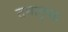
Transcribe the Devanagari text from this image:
तथानृप॥